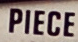
PIECE